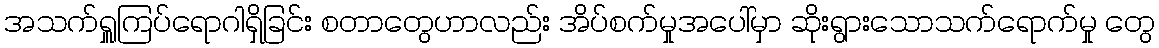
အသက်ရှူကြပ်ရောဂါရှိခြင်း စတာတွေဟာလည်း အိပ်စက်မှုအပေါ်မှာ ဆိုးရွားသောသက်ရောက်မှု တွေ